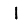
Digit: 1